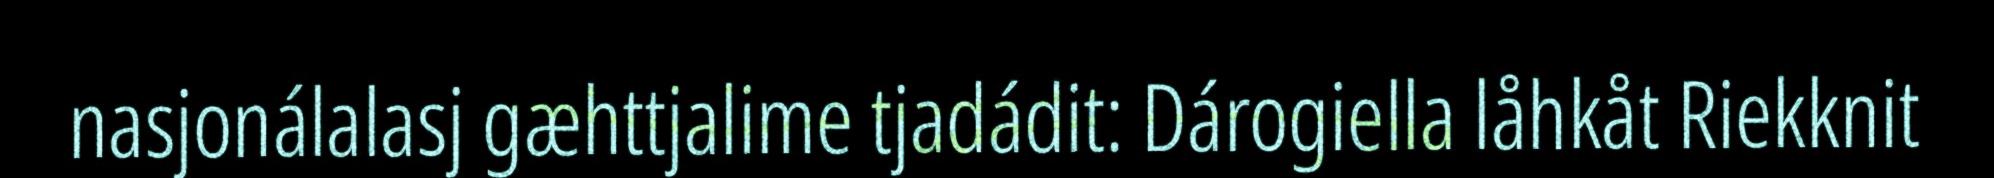
nasjonálalasj gæhttjalime tjadádit: Dárogiella låhkåt Riekknit